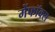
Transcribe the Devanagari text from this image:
मेंफॉक्स